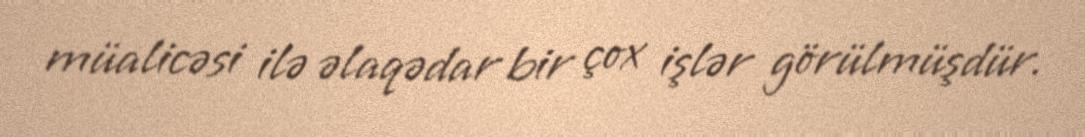
müalicəsi ilə əlaqədar bir çox işlər görülmüşdür.